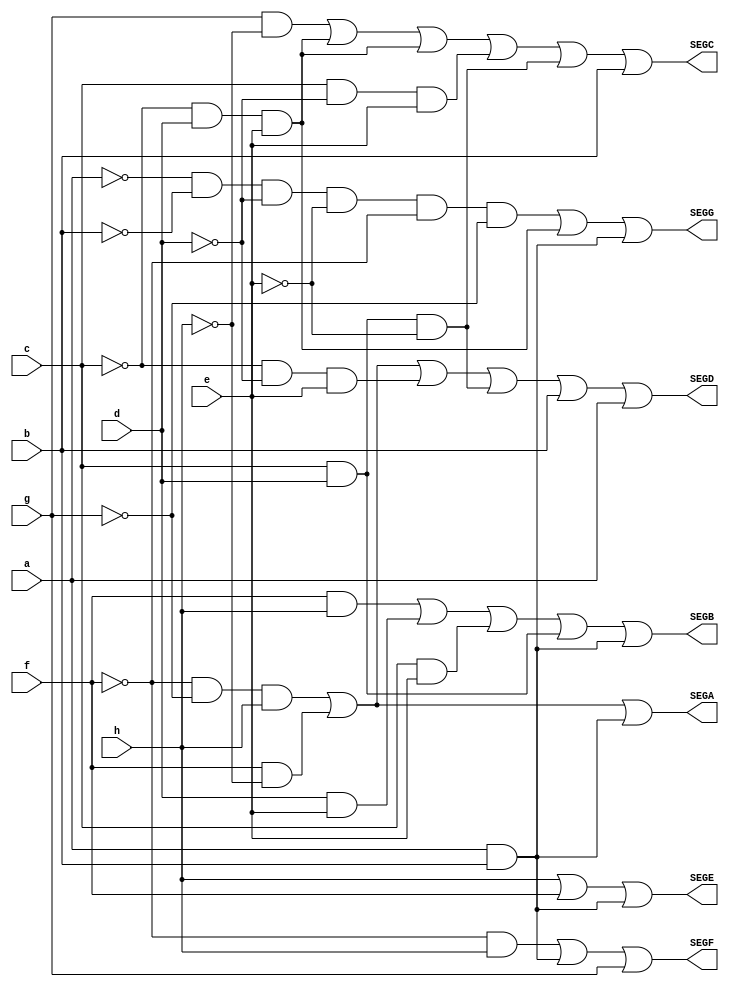
module mostrador(
	input a, b, c, d, e, f, g, h,
    output SEGA, SEGB, SEGC, SEGD, SEGE, SEGF, SEGG
);
	wire T1,T2,T3,T4,T5,T6,T7,T8,T9,T10,T11,T12,T13,T14,T15,T16,T17;	

	not not0(a1,a);
	not not1(b1,b);
	not not2(c1,c);
	not not3(d1,d);
	not not4(e1,e);
	not not5(f1,f);
	not not6(g1,g);
	not not7(h1,h);
	//SEGF
	and and0(T1, f1,h);
	and and1(T2, a,b);
	or or0(SEGF, T1,T2,g);
	//SEGG
	and and2(T3, a1,b1,d1,e1,f1,g1);
	and and3(T4, c1,d,e);
	and and4(T5, a,b);
	or or1(SEGG, T3,T4,T5);
	//SEGE
	and and5(T6, a,b);
	or or2(SEGE, h,f,T6);
	//SEGD
	and and6(T7, f1,g1,h);
	and and7(T8, f,h1);
	and and8(T9, c1,d1,e);
	and and9(T10, c,d,e1);
	or or3(SEGD, T7,T8,T9,T10,b,a);
	//SEGC
	and and10(T11, g,h1);
	and and11(T12, c1,d,e);
	and and12(T13, c,d1,e);
	or or4(SEGC, T11,T12,T4,T13,T10,b);
	//SEGB
	and and13(T14, f,h);
	and and14(T15, d,e);
	and and15(T16, c,e);
	and and16(T17, c,d);
	or or5(SEGB, T14,T15,T16,T17,T6);
	//SEGA
	or or6(SEGA, T7,T8, T6);


endmodule